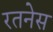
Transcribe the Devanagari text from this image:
रतनेस